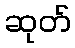
ဆုတ်